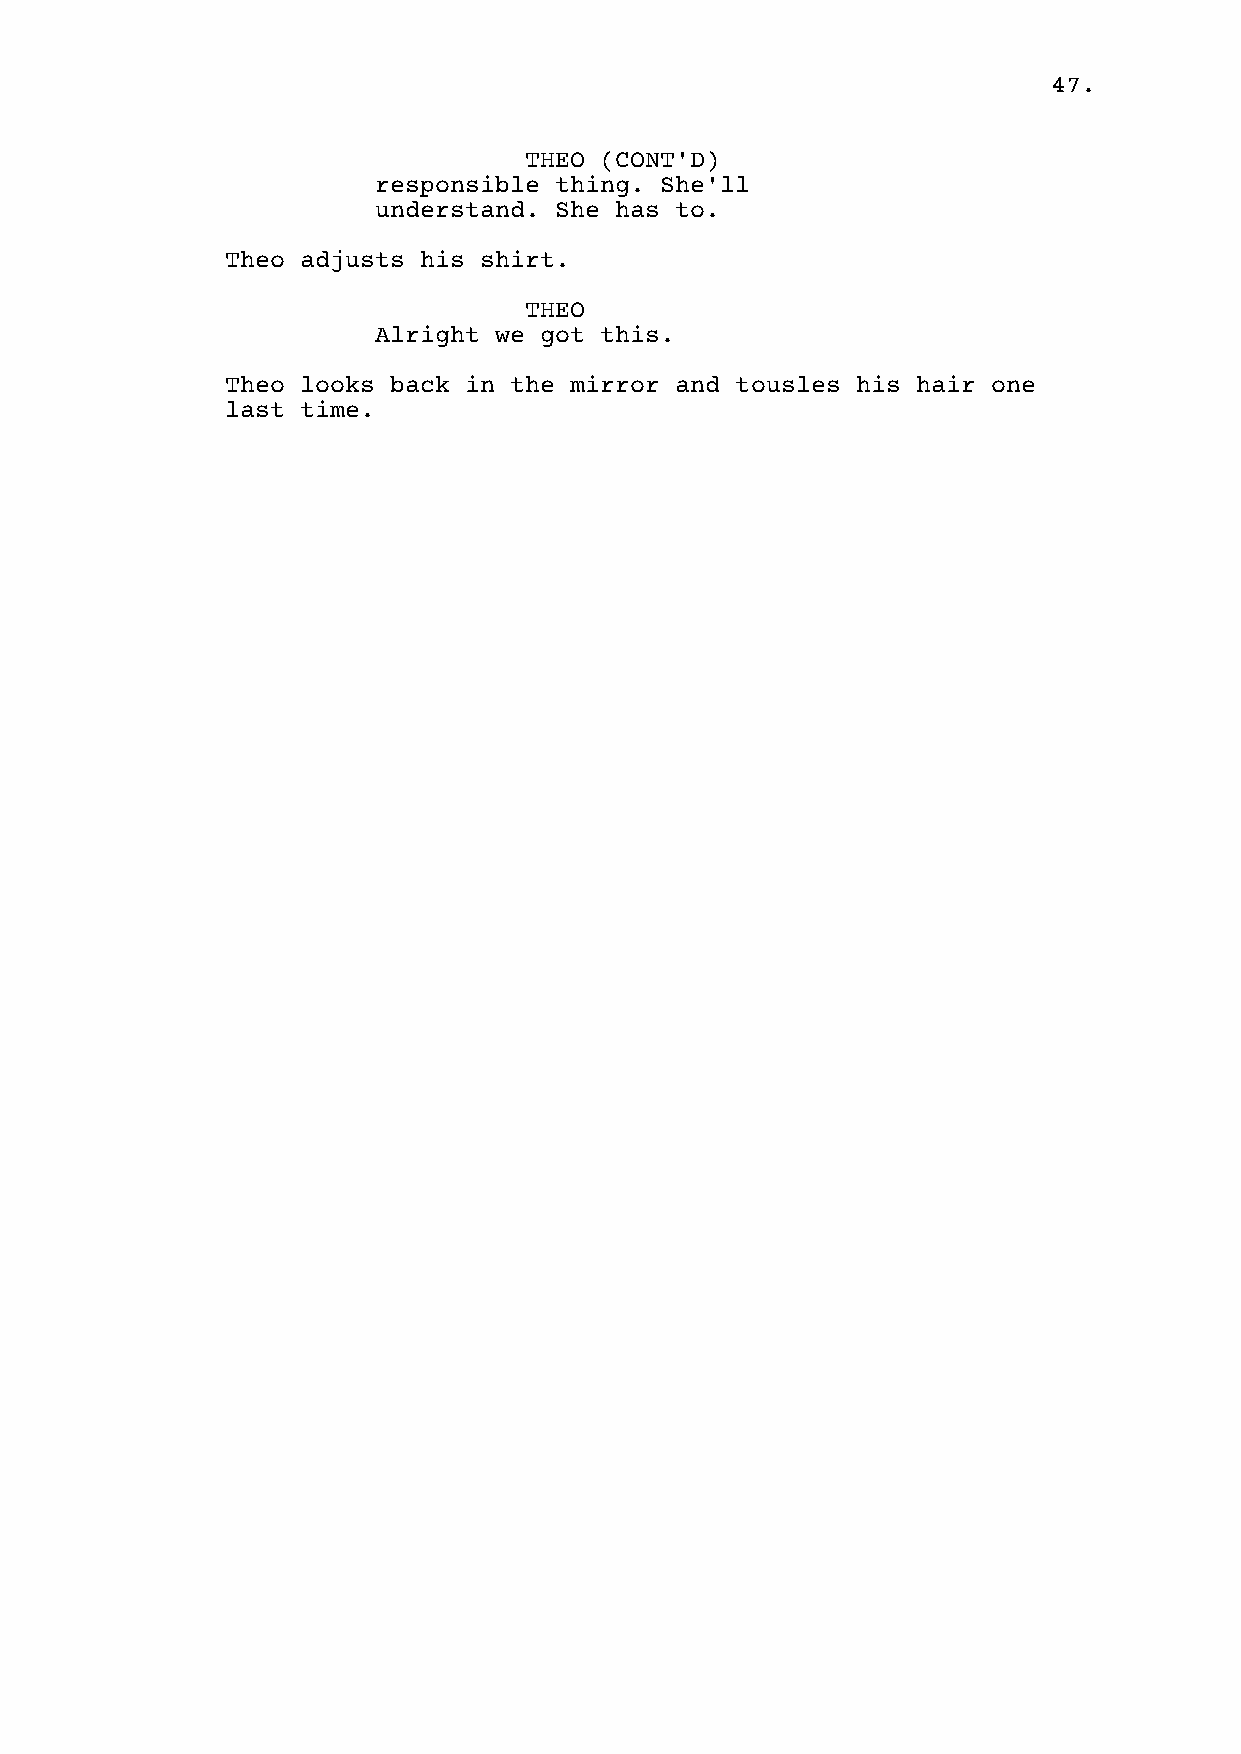
47.
 THEO (CONT'D)
 responsible thing. She'll
 understand. She has to.
 Theo adjusts his shirt.
 THEO
 Alright we got this.
 Theo looks back in the mirror and tousles his hair one
 last time.